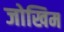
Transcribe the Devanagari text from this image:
जोखिम